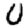
Digit: 0